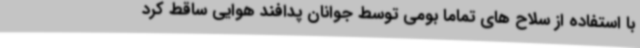
با استفاده از سلاح های تماما بومی توسط جوانان پدافند هوایی ساقط کرد